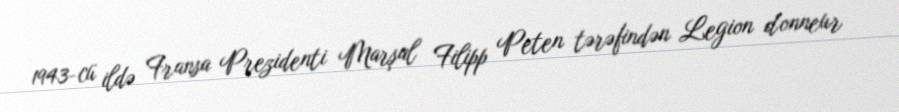
1943-cü ildə Fransa Prezidenti Marşal Filipp Peten tərəfindən Legion d'onneur